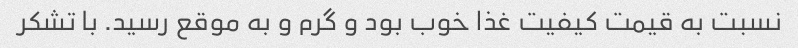
نسبت به قیمت کیفیت غذا خوب بود و گرم و به موقع رسید. با تشکر